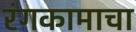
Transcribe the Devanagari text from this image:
रंगकामाचा